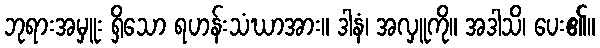
ဘုရားအမှူး ရှိသော ရဟန်းသံဃာအား။ ဒါနံ၊ အလှူကို။ အဒါသိ၊ ပေး၏။